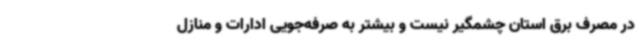
در مصرف برق استان چشمگیر نیست و بیشتر به صرفه‌جویی ادارات و منازل